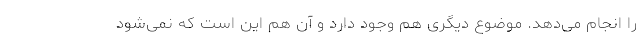
را انجام می‌دهد. موضوع دیگری هم وجود دارد و آن هم این است که نمی‌شود